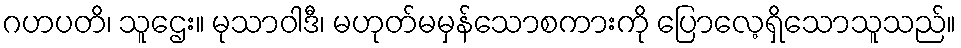
ဂဟပတိ၊ သူဌေး။ မုသာဝါဒီ၊ မဟုတ်မမှန်သောစကားကို ပြောလေ့ရှိသောသူသည်။